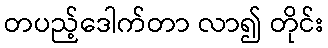
တပည့်ဒေါက်တာ လာ၍ တိုင်း